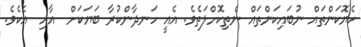
ހެޔޮކަންތައް ނުބައިކަންތައް ނެތިކޮށްލަތެވެ. އެއީ ހަނދާންކުރާ ބަޔަކަށް  އާއި  އެކެވެ.